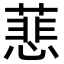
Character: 蕜